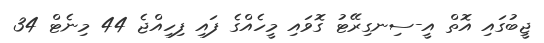
ޖީބުގައި އޮތް އީ-ސިނގިރޭޓު ގޮވައި މީހެއްގެ ފައި ފިހިއްޖެ 44 މިނެޓް 34